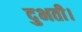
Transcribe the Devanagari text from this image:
दुभती।